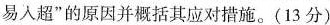
易入超”的原因并概括其应对措施。(13分)